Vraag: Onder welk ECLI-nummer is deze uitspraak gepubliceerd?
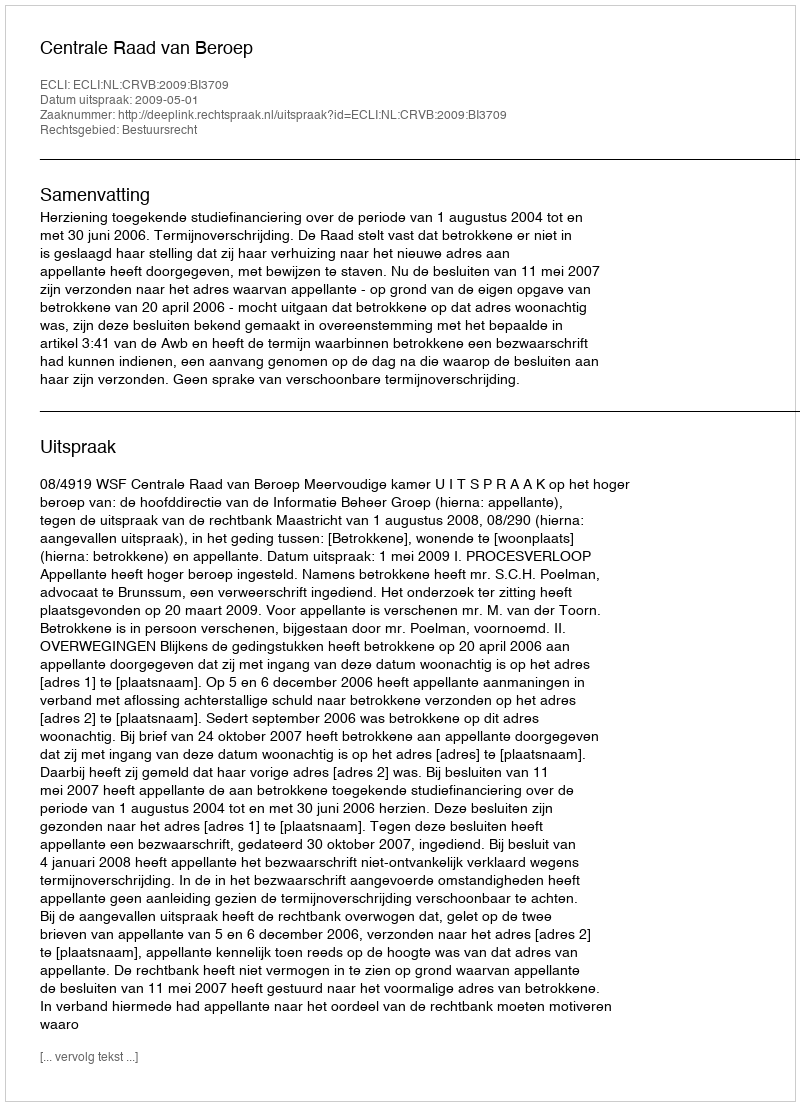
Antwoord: ECLI:NL:CRVB:2009:BI3709